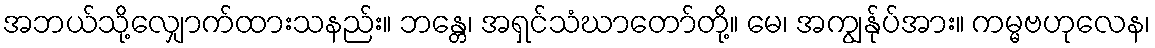
အဘယ်သို့လျှောက်ထားသနည်း။ ဘန္တေ၊ အရှင်သံဃာတော်တို့။ မေ၊ အကျွန်ုပ်အား။ ကမ္မဗဟုလေန၊